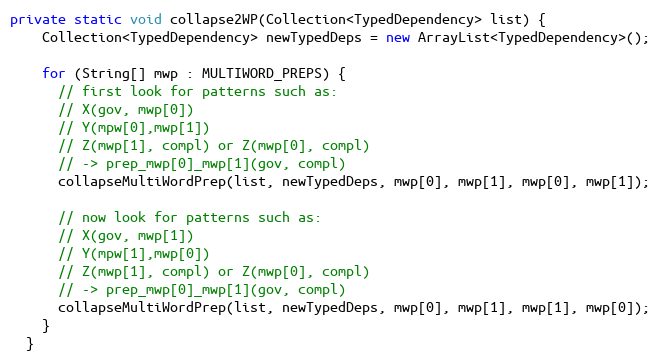
Language: Java
private static void collapse2WP(Collection<TypedDependency> list) {
    Collection<TypedDependency> newTypedDeps = new ArrayList<TypedDependency>();

    for (String[] mwp : MULTIWORD_PREPS) {
      // first look for patterns such as:
      // X(gov, mwp[0])
      // Y(mpw[0],mwp[1])
      // Z(mwp[1], compl) or Z(mwp[0], compl)
      // -> prep_mwp[0]_mwp[1](gov, compl)
      collapseMultiWordPrep(list, newTypedDeps, mwp[0], mwp[1], mwp[0], mwp[1]);

      // now look for patterns such as:
      // X(gov, mwp[1])
      // Y(mpw[1],mwp[0])
      // Z(mwp[1], compl) or Z(mwp[0], compl)
      // -> prep_mwp[0]_mwp[1](gov, compl)
      collapseMultiWordPrep(list, newTypedDeps, mwp[0], mwp[1], mwp[1], mwp[0]);
    }
  }